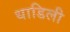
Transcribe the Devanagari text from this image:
धाडिली